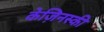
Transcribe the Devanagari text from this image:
केज़िनस्की